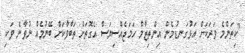
"ކިތަންމެ ވަރަކަށް އަޅުގަނޑުމެން އިންތިޒާމް ހަމަޖެއްސިޔަސް އެގޮތަށް ތަބާވާކަށް ބޭނުމެއް ނުވާނެ ވަކި